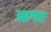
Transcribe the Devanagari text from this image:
आगए